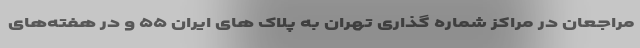
مراجعان در مراکز شماره گذاری تهران به پلاک های ایران ۵۵ و در هفته‌های